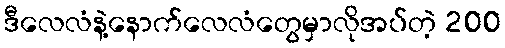
ဒီလေလံနဲ့နောက်လေလံတွေမှာလိုအပ်တဲ့ 200